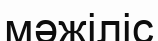
мәжіліс